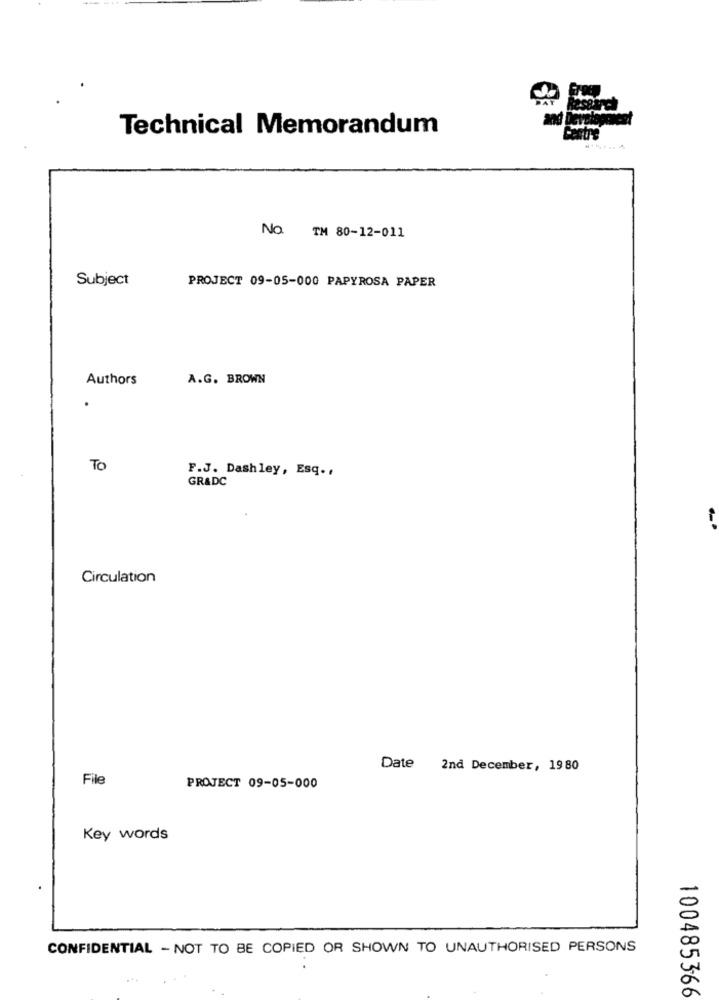
Technical Memorandum
No. TH 80-12-011
Subject
PROJECT 09-05-000 PAPYROSA PAPER
Authors
A.G. BROWN
TO
F.J. Dashley, Esq .,
GRADC
Circulation
Date 2nd December, 19 80
File
PROJECT 09-05-000
Key words
CONFIDENTIAL - NOT TO BE COPIED OR SHOWN TO UNAUTHORISED PERSONS
100485366